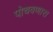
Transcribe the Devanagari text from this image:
पोचवणारा